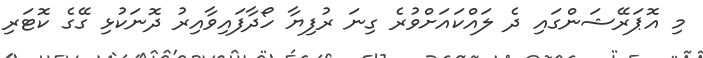
މި އޮޕަރޭޝަންގައި ދެ ލައްކައަށްވުރެ ގިނަ ރުފިޔާ ހޯދާފައިވާއިރު ދޮނަކުޅި ގޭގެ ކޮޓަރި